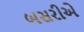
બસરીએ